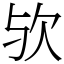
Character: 欤